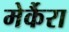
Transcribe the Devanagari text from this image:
मेर्कैरा